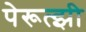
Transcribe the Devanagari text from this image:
पेरूत्झी